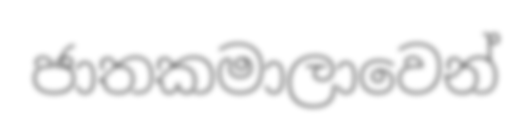
ජාතකමාලාවෙන්